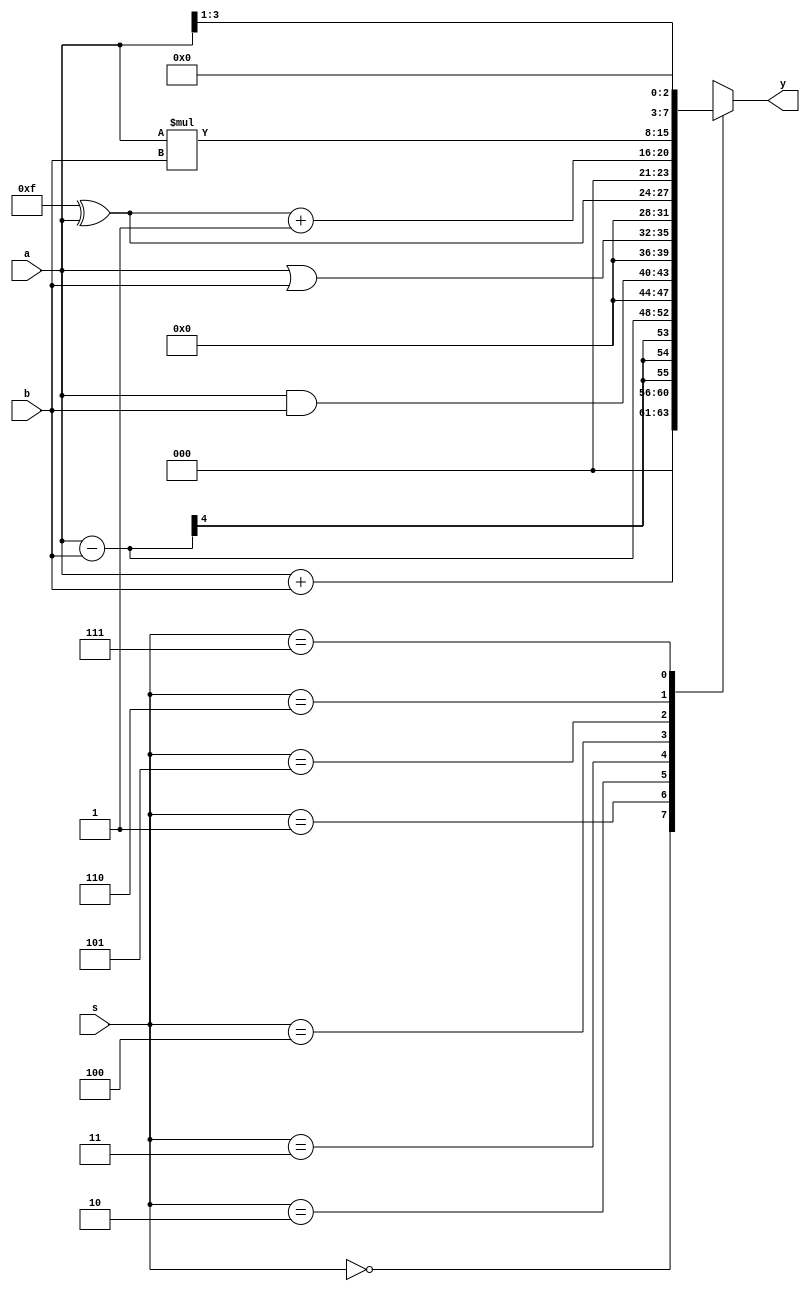
module alu(a,b,s,y);
	input[3:0]a;
	input[3:0]b;
	input[2:0]s;
	output[7:0]y;
	reg[7:0]y;
	always@(a,b,s)
	begin
		case(s)
			3'b000:y=a+b;
			3'b001:y=a-b;
			3'b010:y=a&b;
			3'b011:y=a|b;
			3'b100:y=4'b1111^a;
			3'b101:y=(4'b1111^a)+1'b1;
			3'b110:y=a*b;
			3'b111:
			begin 
				y=a;
				y=y>>1'b1;
			end
		endcase
	end
endmodule